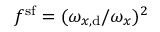
f ^ { \mathrm { s f } } = ( \omega _ { x , \mathrm { d } } / \omega _ { x } ) ^ { 2 }